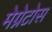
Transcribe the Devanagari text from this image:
मेग्नेटोस